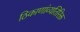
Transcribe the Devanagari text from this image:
ठिकाणांव्यतिरिक्त